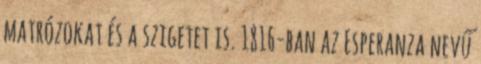
matrózokat és a szigetet is. 1816-ban az Esperanza nevű